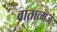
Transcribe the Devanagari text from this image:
वातात्मजं